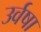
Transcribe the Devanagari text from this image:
उर्वषा